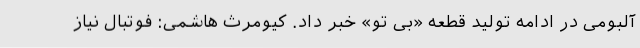
آلبومی در ادامه تولید قطعه «بی تو» خبر داد. کیومرث هاشمی: فوتبال نیاز